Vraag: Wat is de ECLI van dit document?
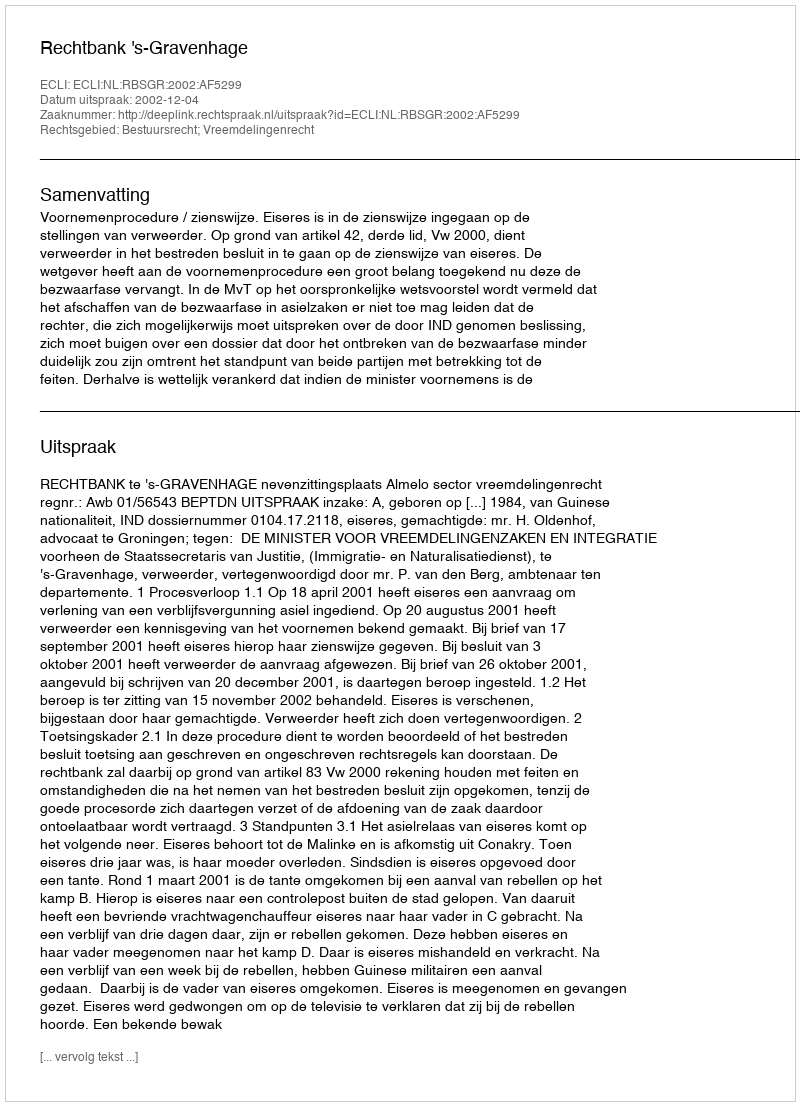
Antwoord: ECLI:NL:RBSGR:2002:AF5299